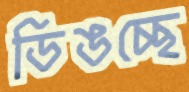
ডিঙচ্ছে